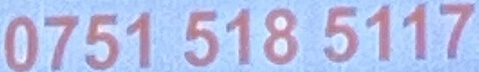
0751 518 5117